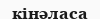
кінәласа